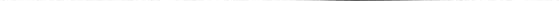
___